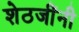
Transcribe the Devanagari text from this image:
शेठजींनी